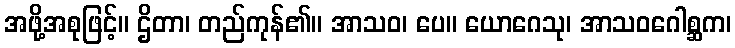
အဖို့အစုဖြင့်။ ဌိတာ၊ တည်ကုန်၏။ အာသဝ၊ ပေ။ ယောဂေသု၊ အာသဝဂေါစ္ဆက၊